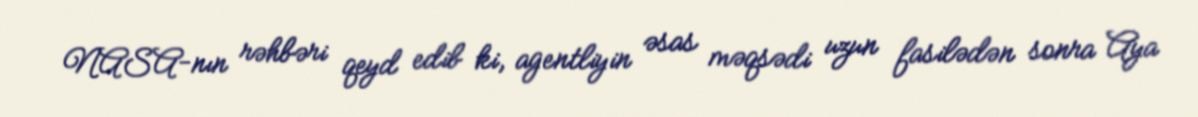
NASA-nın rəhbəri qeyd edib ki, agentliyin əsas məqsədi uzun fasilədən sonra Aya